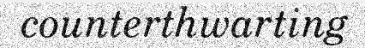
counterthwarting